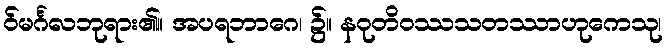
ဝ်မင်္ဂလဘုရား၏။ အပရဘာဂေ၊ ၌။ နဝုတိဝဿသတဿာဟုကေသု၊